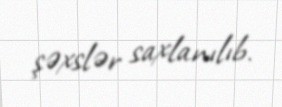
şəxslər saxlanılıb.